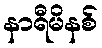
နာရီမိနစ်